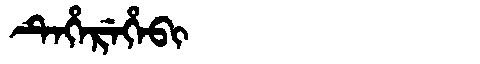
Manchu: ᡨᡝᡥᡝᡵᡝᡥᡝᠪᡳ
Romanization: TEHEREHEBI